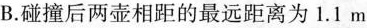
B.碰撞后两壶相距的最远距离为1.1m